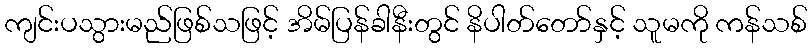
ကျင်းပသွားမည်ဖြစ်သဖြင့် အိမ်ပြန်ခါနီးတွင် နိပါတ်တော်နှင့် သူမကို ကန်သစ်